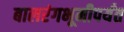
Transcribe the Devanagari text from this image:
बालरंगभूमीपर्यंत